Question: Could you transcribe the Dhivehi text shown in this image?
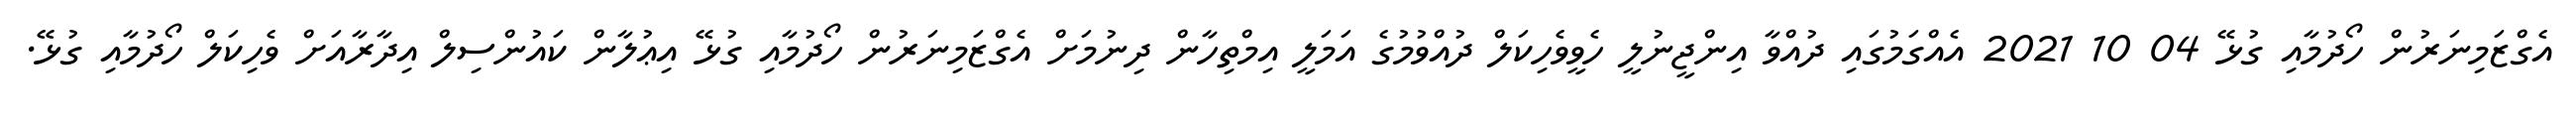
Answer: އެގްޒަމިނަރުން ހޯދުމާއި ގުޅޭ 04 10 2021 އެއްގަމުގައި ދުއްވާ އިންޖީނުލީ ހެވީވެހިކަލް ދުއްވުމުގެ އަމަލީ އިމްތިހާން ދިނުމަށް އެގްޒަމިނަރުން ހޯދުމާއި ގުޅޭ އިޢުލާން ކައުންސިލް އިދާރާއަށް ވެހިކަލް ހޯދުމާއި ގުޅޭ.